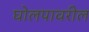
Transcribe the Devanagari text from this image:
घोलपावरील